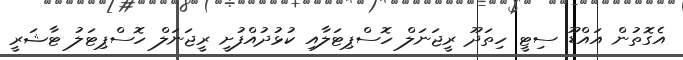
އެގޮތުން އައްޑޫ ސިޓީ ހިތަދޫ ރީޖަނަލް ހޮސްޕިޓަލާއި ކުޅުދުއްފުށީ ރީޖަނަލް ހޮސްޕިޓަލު ޓާޝަރީ